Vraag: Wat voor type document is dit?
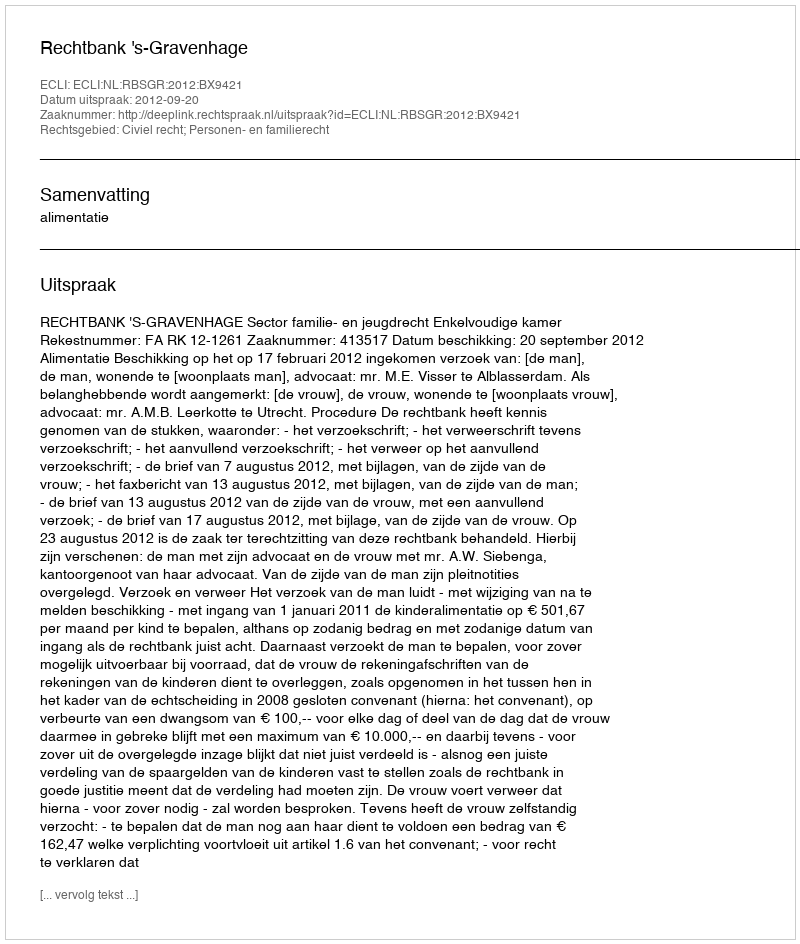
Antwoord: Uitspraak